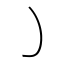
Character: ㇁